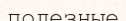
полезные